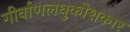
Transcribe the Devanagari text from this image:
गीर्वाणलघुकोशकार